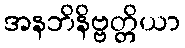
အနဘိနိဗ္ဗတ္တိယာ